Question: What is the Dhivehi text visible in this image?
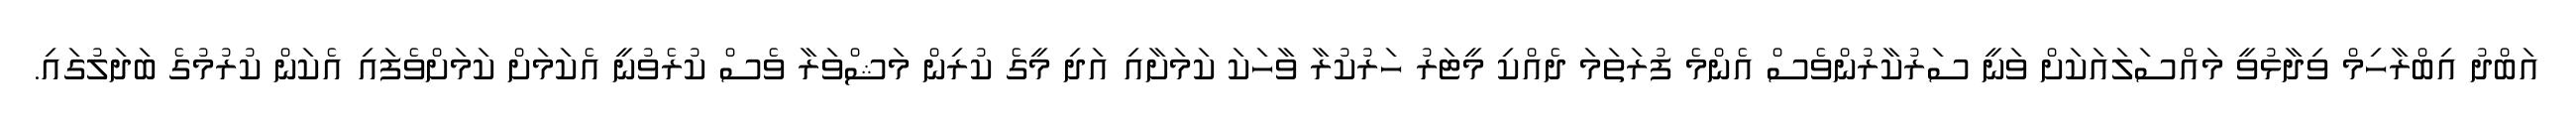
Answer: އަބްދު އިބްރާހިމް ވިދާޅުވީ މައްސަލައަކަށް ވަނީ ސަރުކާރުންވެސް އެންމެ ފުރަތަމަ ދެއްކި މީޓަރު ހަރުކުރާ ވާހަކަ ކަމަށާއި އަދި މީގެ ކުރިން މަޝްވަރާ ވެސް ކުރެވުނީ އެކަމަށް ކަމަށްވެފައި އެކަން ކުރުމުގެ ބަދަލުގައި.